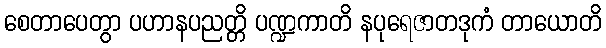
စေတာပေတွာ ပဟာနပညတ္တိ ပဏ္ဍကာတိ နပုရေဇာတဒုကံ တာယောတိ